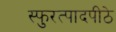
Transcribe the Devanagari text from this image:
स्फुरत्पादपीठे